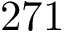
2 7 1